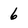
Character: 6